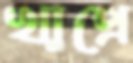
খাপ্রে